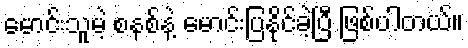
မောင်းသူမဲ့ စနစ်နဲ့ မောင်းပြနိုင်ခဲ့ပြီ ဖြစ်ပါတယ်။